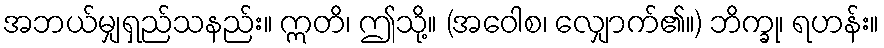
အဘယ်မျှရှည်သနည်း။ ဣတိ၊ ဤသို့။ (အဝေါစ၊ လျှောက်၏။) ဘိက္ခု၊ ရဟန်း။